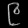
Digit: ၉